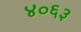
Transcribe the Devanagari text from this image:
४०६३